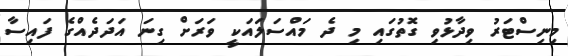
މިނިސްޓަރު ވިދާޅުވި ގޮތުގައި މި ދެ މައްސަލައަކީ ވަރަށް ގިނަ އަދަދެއްގެ ފައިސާ